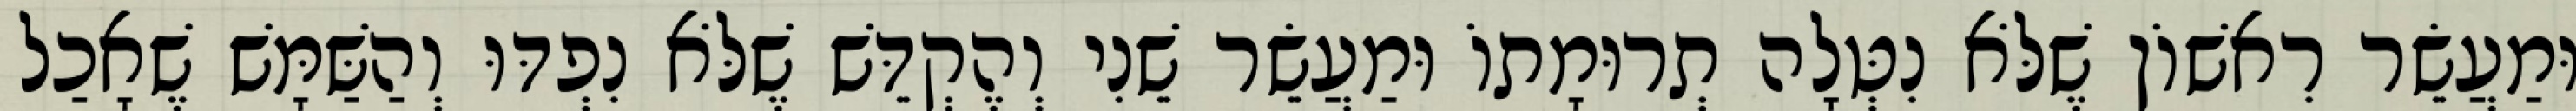
וּמַעֲשֵׂר רִאשׁוֹן שֶׁלֹּא נִטְּלָה תְרוּמָתוֹ וּמַעֲשֵׂר שֵׁנִי וְהֶקְדֵּשׁ שֶׁלֹּא נִפְדּוּ וְהַשַּׁמָּשׁ שֶׁאָכַל